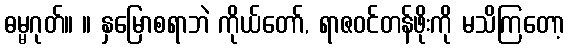
ဓမ္မဂုတ်။ ။ နှမြောစရာဘဲ ကိုယ်တော်, ရာဇဝင်တန်ဖိုးကို မသိကြတော့